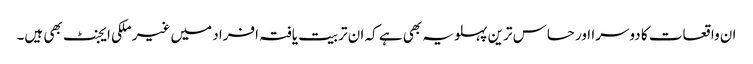
ان واقعات کا دوسرا اور حساس ترین پہلو یہ بھی ہے کہ ان تربیت یافتہ افراد میں غیر ملکی ایجنٹ بھی ہیں۔